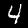
Label: 4